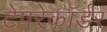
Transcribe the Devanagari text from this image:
टेपरेकॉर्डर